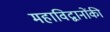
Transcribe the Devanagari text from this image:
महाविद्वानोंकी